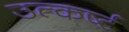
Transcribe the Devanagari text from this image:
उत्कर्ष्ट